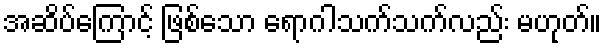
အဆိပ်ကြောင့် ဖြစ်သော ရောဂါသက်သက်လည်း မဟုတ်။